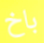
باخ